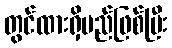
တွင်ထားရှိမည်ဖြစ်ပြီး